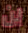
لن